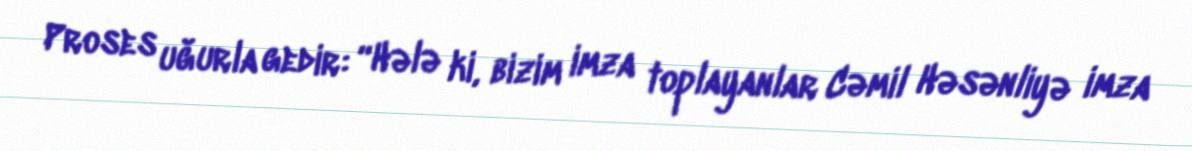
Proses uğurla gedir: “Hələ ki, bizim imza toplayanlar Cəmil Həsənliyə imza